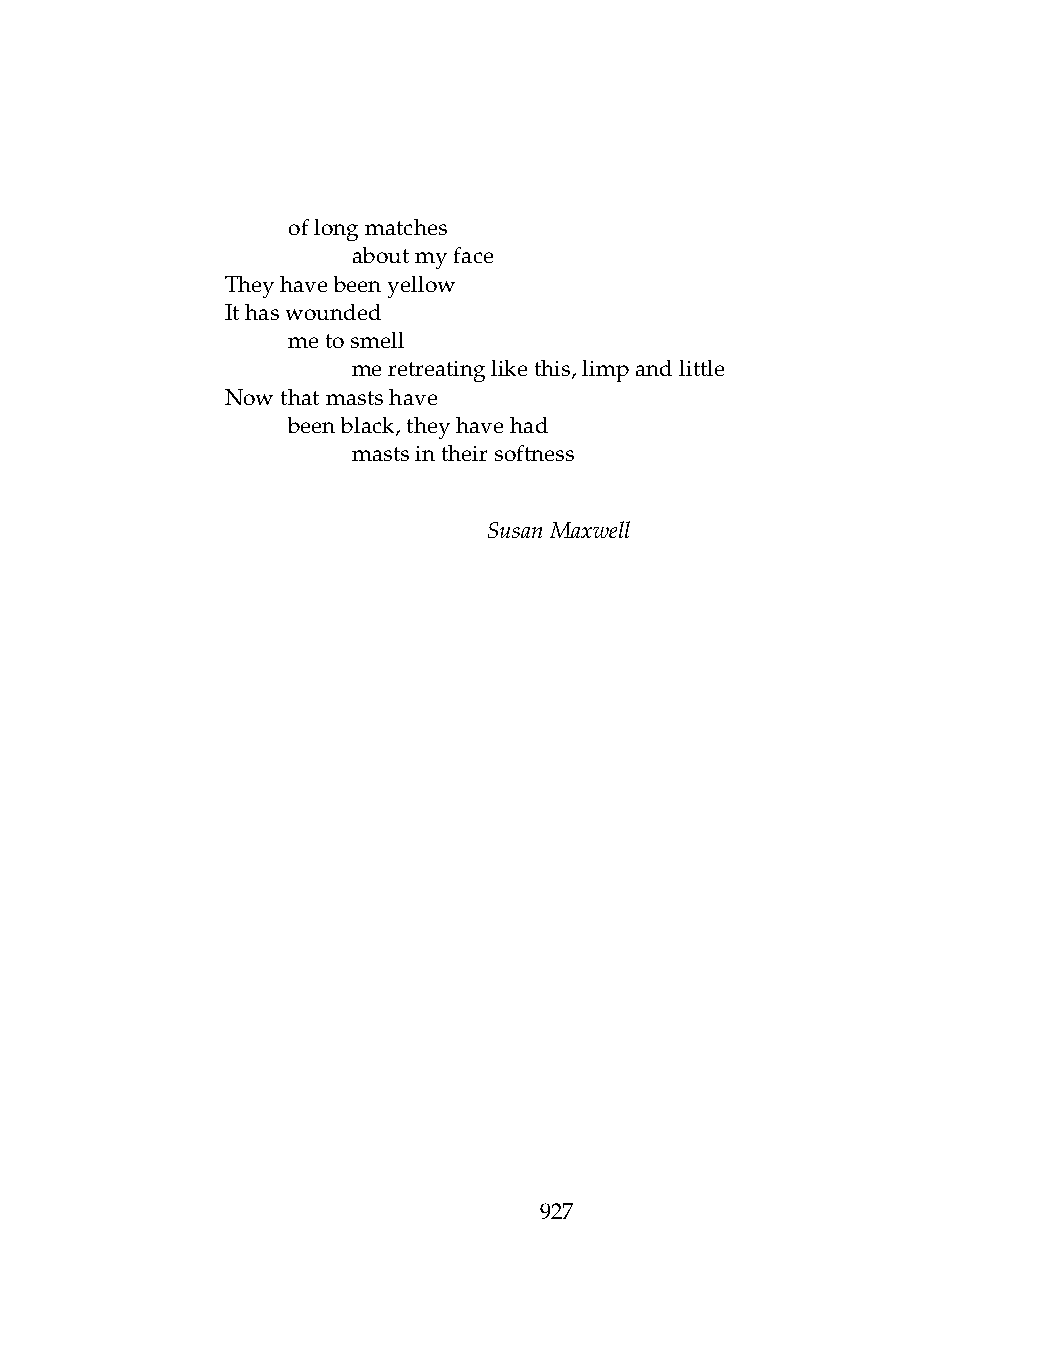
.   oflongmatches
 .   .   aboutmyface
 Theyhavebeenyellow
 Ithaswounded
 .   metosmell
 .   .   meretreatinglikethis,limpandlittle
 Nowthatmastshave
 .   beenblack,theyhavehad
 .   .   mastsintheirsoftness
 SusanMaxwell
 927